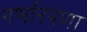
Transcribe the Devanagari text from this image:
गर्भारपणा